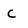
Character: C